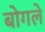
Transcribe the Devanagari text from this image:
बोगले